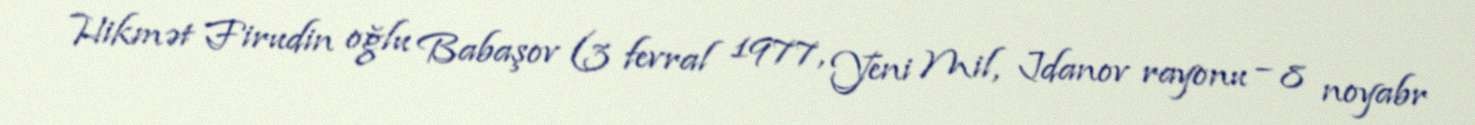
Hikmət Firudin oğlu Babaşov (3 fevral 1977, Yeni Mil, Jdanov rayonu – 8 noyabr